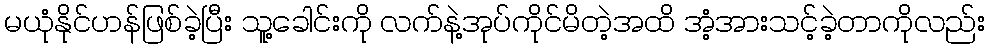
မယုံနိုင်ဟန်ဖြစ်ခဲ့ပြီး သူ့ခေါင်းကို လက်နဲ့အုပ်ကိုင်မိတဲ့အထိ အံ့အားသင့်ခဲ့တာကိုလည်း